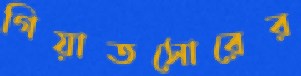
গিয়াতসোরের